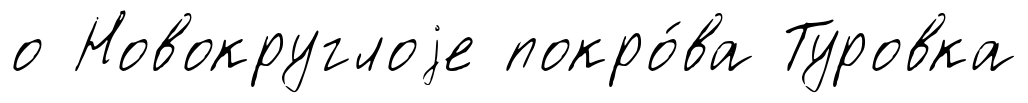
о Новокруглоjе покро́ва Туровка